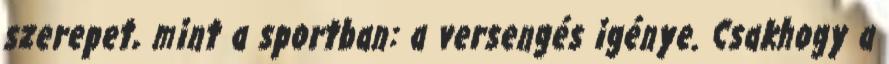
szerepet, mint a sportban: a versengés igénye. Csakhogy a